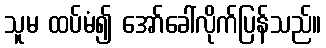
သူမ ထပ်မံ၍ အော်ခေါ်လိုက်ပြန်သည်။